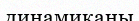
динамиканы